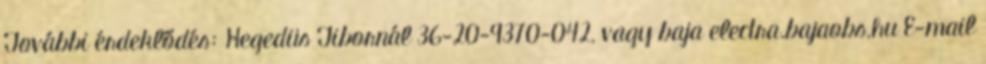
További érdeklődés: Hegedüs Tibornál 36-20-9370-042, vagy baja electra.bajaobs.hu E-mail